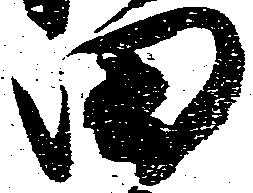
田